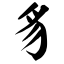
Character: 豸